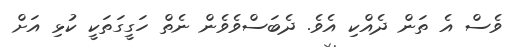
ވެސް އެ ތަން ދެއްކި އެވެ. ދެބަސްވެވެން ނެތް ހަގީގަތަކީ ކުޅި އަށް